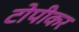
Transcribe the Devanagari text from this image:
टोपीकर